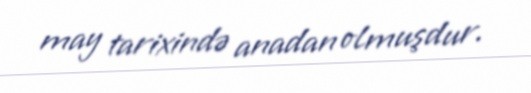
may tarixində anadan olmuşdur.